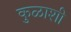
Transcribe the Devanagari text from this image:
कुळाशी